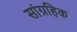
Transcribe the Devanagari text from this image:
सांग्रहिक